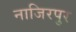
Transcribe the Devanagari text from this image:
नाजिरपुर